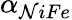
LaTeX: \alpha_{\mathcal{N}iFe}